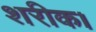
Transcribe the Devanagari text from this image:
शरीक।